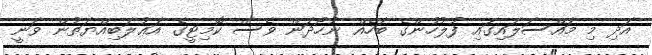
އަދި މި މައްސަލައިގައި ފުލުހުންގެ ބަހެއް ނުހޯދަން ވެސް ކޮމިޓީގެ އަޢުލަބިއްޔަތުން ވަނީ